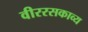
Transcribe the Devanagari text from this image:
वीररसकाव्य